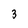
Character: 3